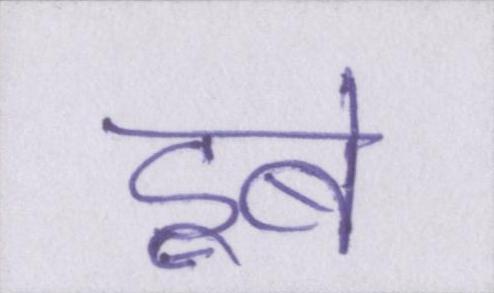
डूबे